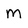
Character: m